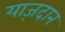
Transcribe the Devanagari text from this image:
याज़दान